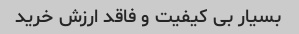
بسیار بی کیفیت و فاقد ارزش خرید